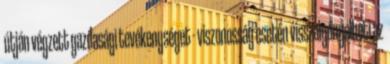
útján végzett gazdasági tevékenységet - viszonosság esetén visszaigényelheti az